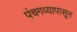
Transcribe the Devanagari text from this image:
पंचगव्यापासून